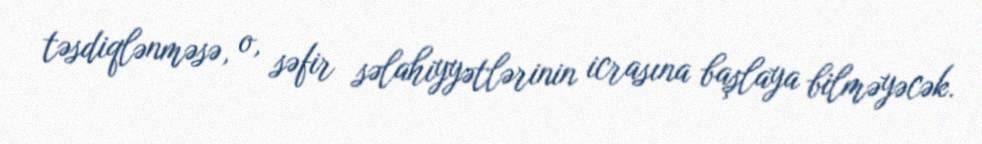
təsdiqlənməsə, o, səfir səlahiyyətlərinin icrasına başlaya bilməyəcək.